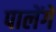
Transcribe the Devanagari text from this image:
पालेंगे